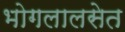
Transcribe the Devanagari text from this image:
भोगलालसेत